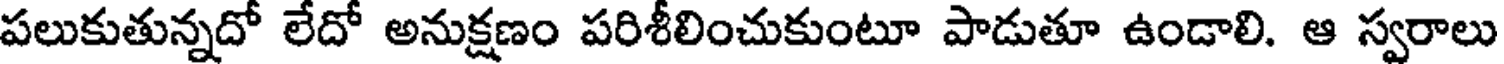
పలుకుతున్నదో లేదో అనుక్షణం పరిశీలించుకుంటూ పాడుతూ ఉండాలి. ఆ స్వరాలు